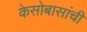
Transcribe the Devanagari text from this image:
केसोबासांची